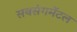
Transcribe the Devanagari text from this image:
सबसंगमेंटल